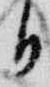
日